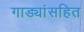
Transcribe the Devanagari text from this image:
गाड्यांसहित